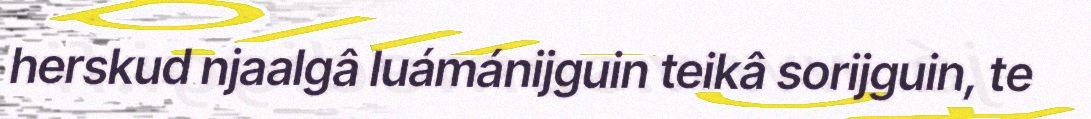
herskud njaalgâ luámánijguin teikâ sorijguin, te